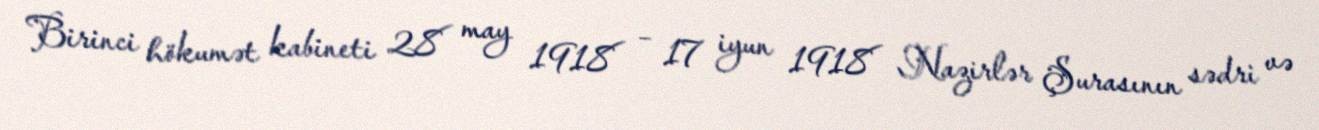
Birinci hökumət kabineti 28 may 1918 – 17 iyun 1918 Nazirlər Şurasının sədri və